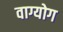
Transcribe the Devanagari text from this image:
वाग्योग